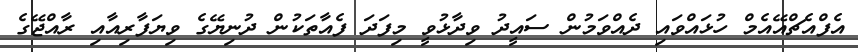
އެފްއެޗްއޭއެމް ހުޅައްވައި ދެއްވަމުން ސައީދު ވިދާޅުވީ މިފަދަ ފެއާތަކުން ދުނިޔޭގެ ވިޔަފާރިއާއި ރާއްޖޭގެ